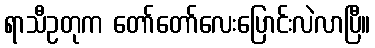
ရာသီဥတုက တော်တော်လေးပြောင်းလဲလာပြီ။